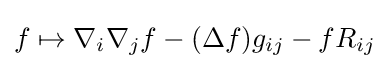
f\mapsto \nabla _{i}\nabla _{j}f-(\Delta f)g_{ij}-fR_{ij}